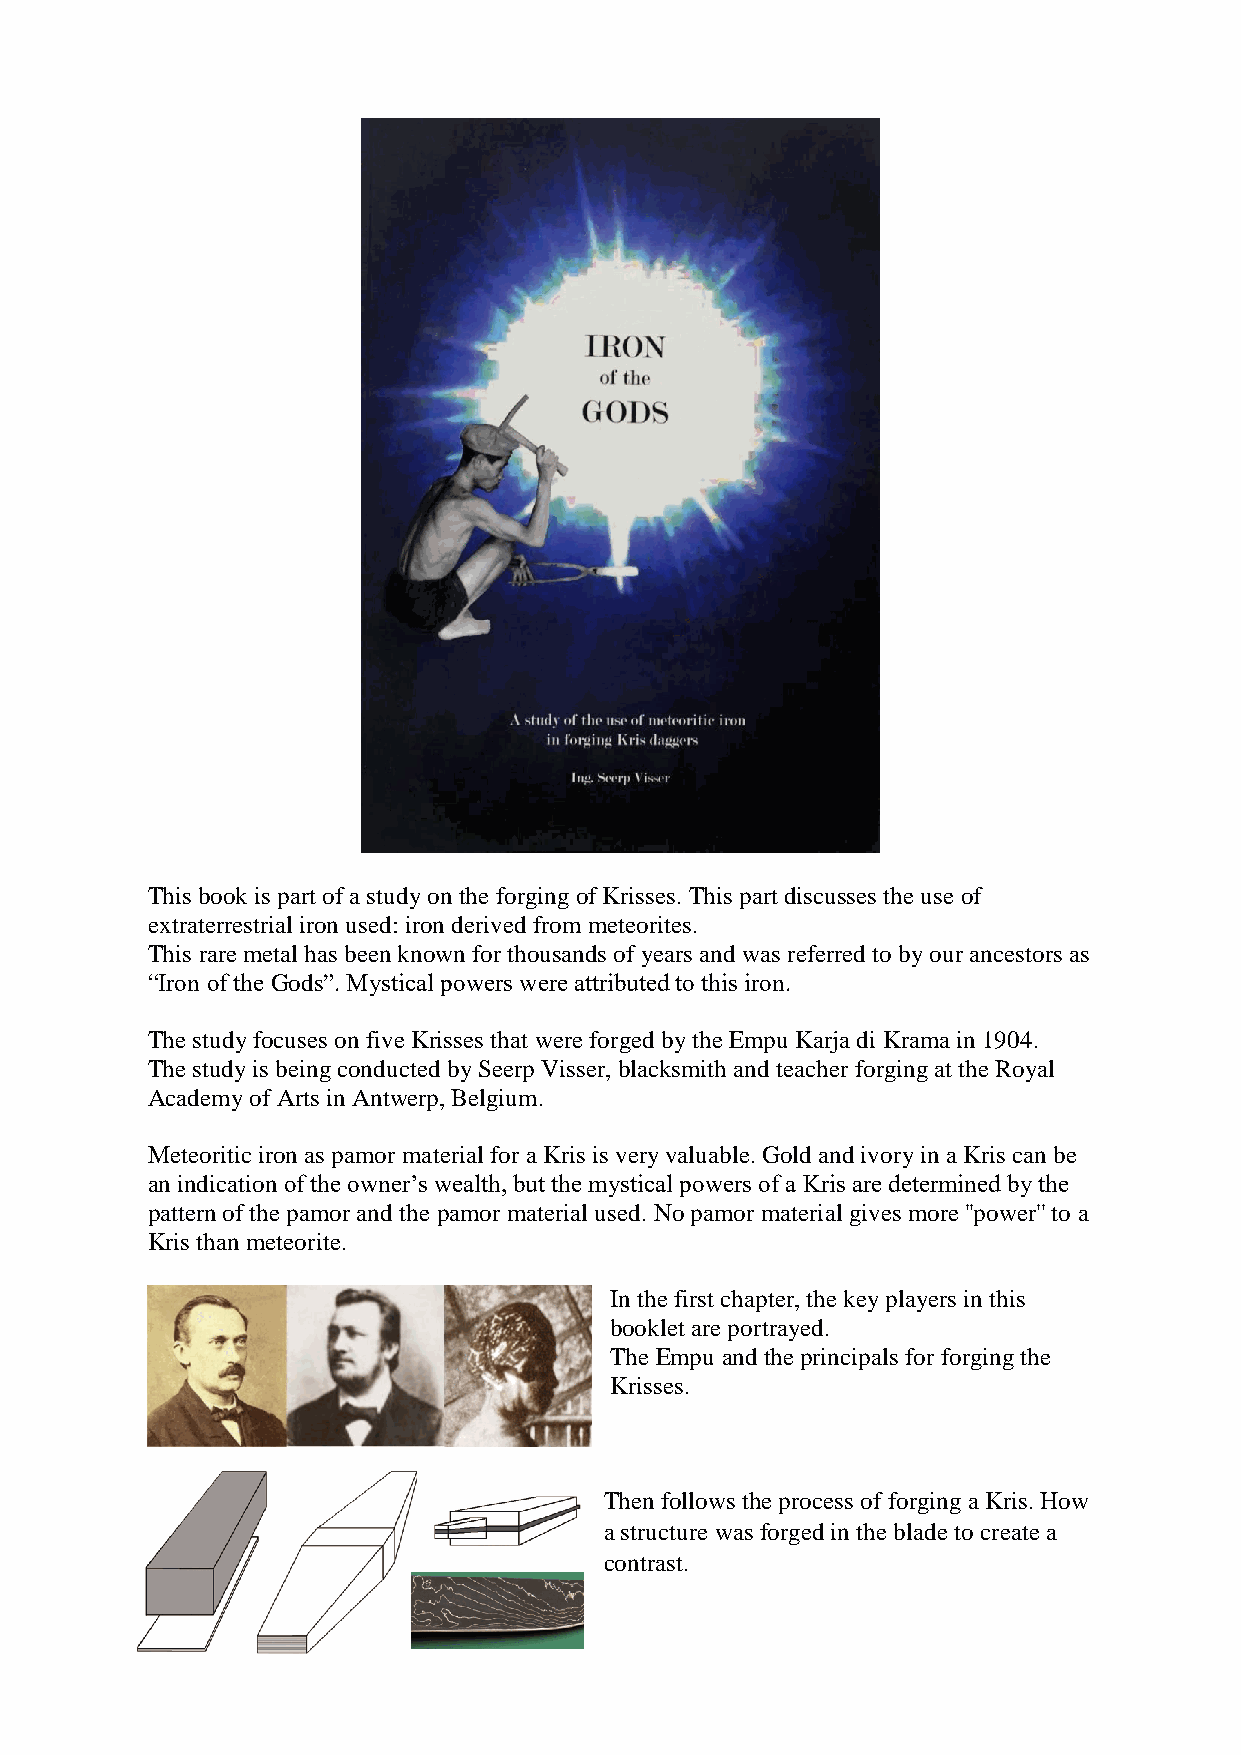
This book is part of a study on the forging of Krisses. This part discusses the use of
 extraterrestrial iron used: iron derived from meteorites.
 This rare metal has been known for thousands of years and was referred to by our ancestors as
 “Iron of the Gods”. Mystical powers were attributed to this iron.
 The study focuses on five Krisses that were forged by the Empu Karja di Krama in 1904.
 The study is being conducted by Seerp Visser, blacksmith and teacher forging at the Royal
 Academy of Arts in Antwerp, Belgium.
 Meteoritic iron as pamor material for a Kris is very valuable. Gold and ivory in a Kris can be
 an indication of the owner’s wealth, but the mystical powers of a Kris are determined by the
 pattern of the pamor and the pamor material used. No pamor material gives more ''power'' to a
 Kris than meteorite.
 In the first chapter, the key players in this
 booklet are portrayed.
 The Empu and the principals for forging the
 Krisses.
 Then follows the process of forging a Kris. How
 a structure was forged in the blade to create a
 contrast.